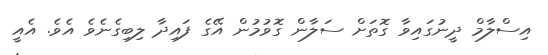
އިސްލާމް ދީނުގައިވާ ގޮތަށް ސަލާން ގޮވުމުން އޭގެ ފައިދާ ލިބިގެނެވެ އެވެ. އެއީ